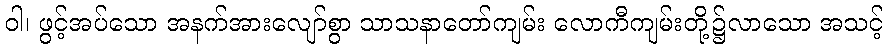
ဝါ၊ ဖွင့်အပ်သော အနက်အားလျော်စွာ သာသနာတော်ကျမ်း လောကီကျမ်းတို့၌လာသော အသင့်